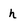
Character: h